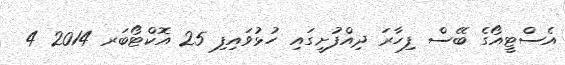
އެސްޓީއޯގެ ބޭސް ފިހާރަ ދިއްފުށީގައި ހުޅުވައިފި 25 އޮކްޓޯބަރ 2014 4